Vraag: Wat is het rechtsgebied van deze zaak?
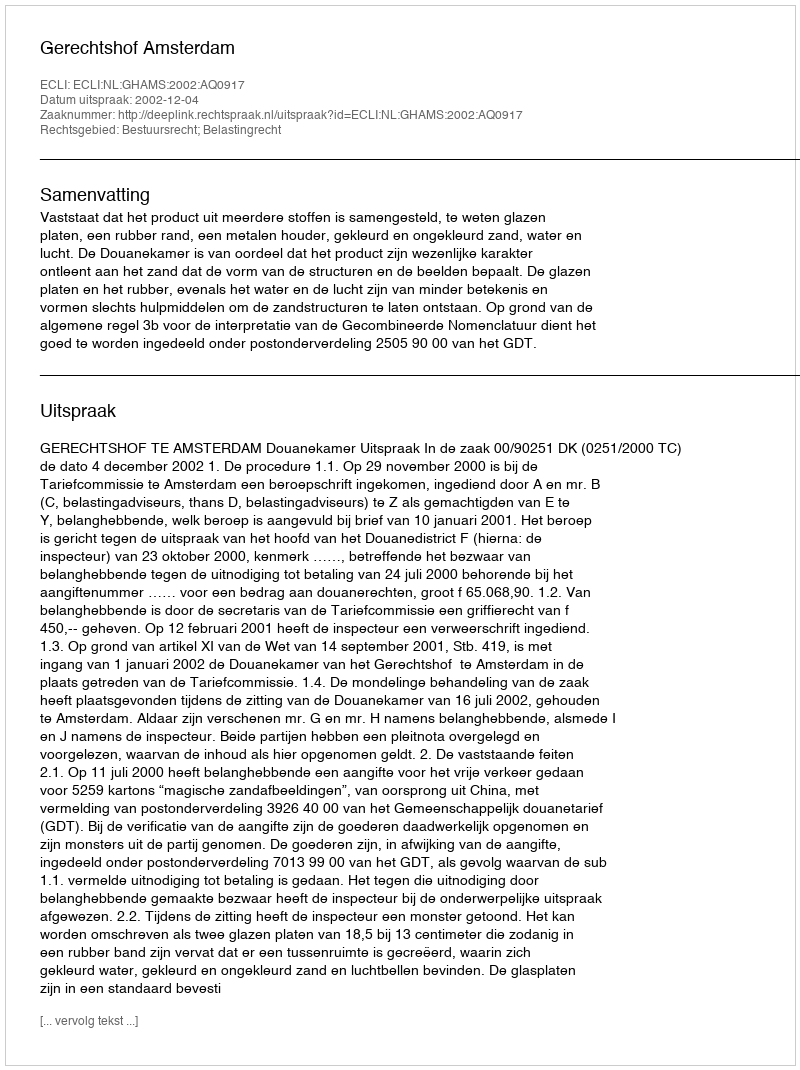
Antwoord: Bestuursrecht; Belastingrecht